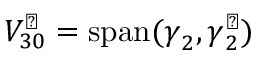
V _ { 3 0 } ^ { \perp } = \operatorname { s p a n } ( \boldsymbol { \gamma } _ { 2 } , \boldsymbol { \gamma } _ { 2 } ^ { \perp } )